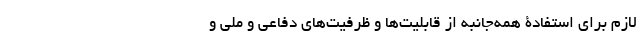
لازم برای استفادۀ همه‌جانبه از قابلیت‌ها و ظرفیت‌های دفاعی و ملی و